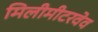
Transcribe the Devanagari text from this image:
मिलीमीटरवेव